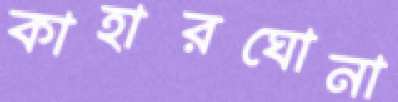
কাহারঘোনা